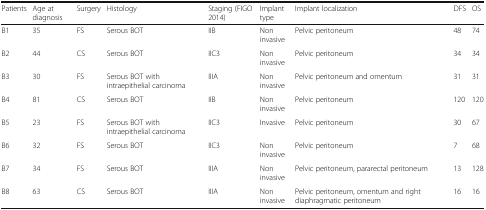
<table><thead><tr><td><b>Patients</b></td><td><b>Age at diagnosis</b></td><td><b>Surgery</b></td><td><b>Histology</b></td><td><b>Staging (FIGO 2014)</b></td><td><b>Implant type</b></td><td><b>Implant localization</b></td><td><b>DFS</b></td><td><b>OS</b></td></tr></thead><tbody><tr><td>B1</td><td>35</td><td>FS</td><td>Serous BOT</td><td>IIB</td><td>Non invasive</td><td>Pelvic peritoneum</td><td>48</td><td>74</td></tr><tr><td>B2</td><td>44</td><td>CS</td><td>Serous BOT</td><td>IIC3</td><td>Non invasive</td><td>Pelvic peritoneum</td><td>34</td><td>34</td></tr><tr><td>B3</td><td>30</td><td>FS</td><td>Serous BOT with intraepithelial carcinoma</td><td>IIIA</td><td>Non invasive</td><td>Pelvic peritoneum and omentum</td><td>31</td><td>31</td></tr><tr><td>B4</td><td>81</td><td>CS</td><td>Serous BOT</td><td>IIB</td><td>Non invasive</td><td>Pelvic peritoneum</td><td>120</td><td>120</td></tr><tr><td>B5</td><td>23</td><td>FS</td><td>Serous BOT with intraepithelial carcinoma</td><td>IIC3</td><td>Invasive</td><td>Pelvic peritoneum</td><td>30</td><td>67</td></tr><tr><td>B6</td><td>32</td><td>FS</td><td>Serous BOT</td><td>IIC3</td><td>Non invasive</td><td>Pelvic peritoneum</td><td>7</td><td>68</td></tr><tr><td>B7</td><td>34</td><td>FS</td><td>Serous BOT</td><td>IIIA</td><td>Non invasive</td><td>Pelvic peritoneum, pararectal peritoneum</td><td>13</td><td>128</td></tr><tr><td>B8</td><td>63</td><td>CS</td><td>Serous BOT</td><td>IIIA</td><td>Non invasive</td><td>Pelvic peritoneum, omentum and right diaphragmatic peritoneum</td><td>16</td><td>16</td></tr></tbody></table>